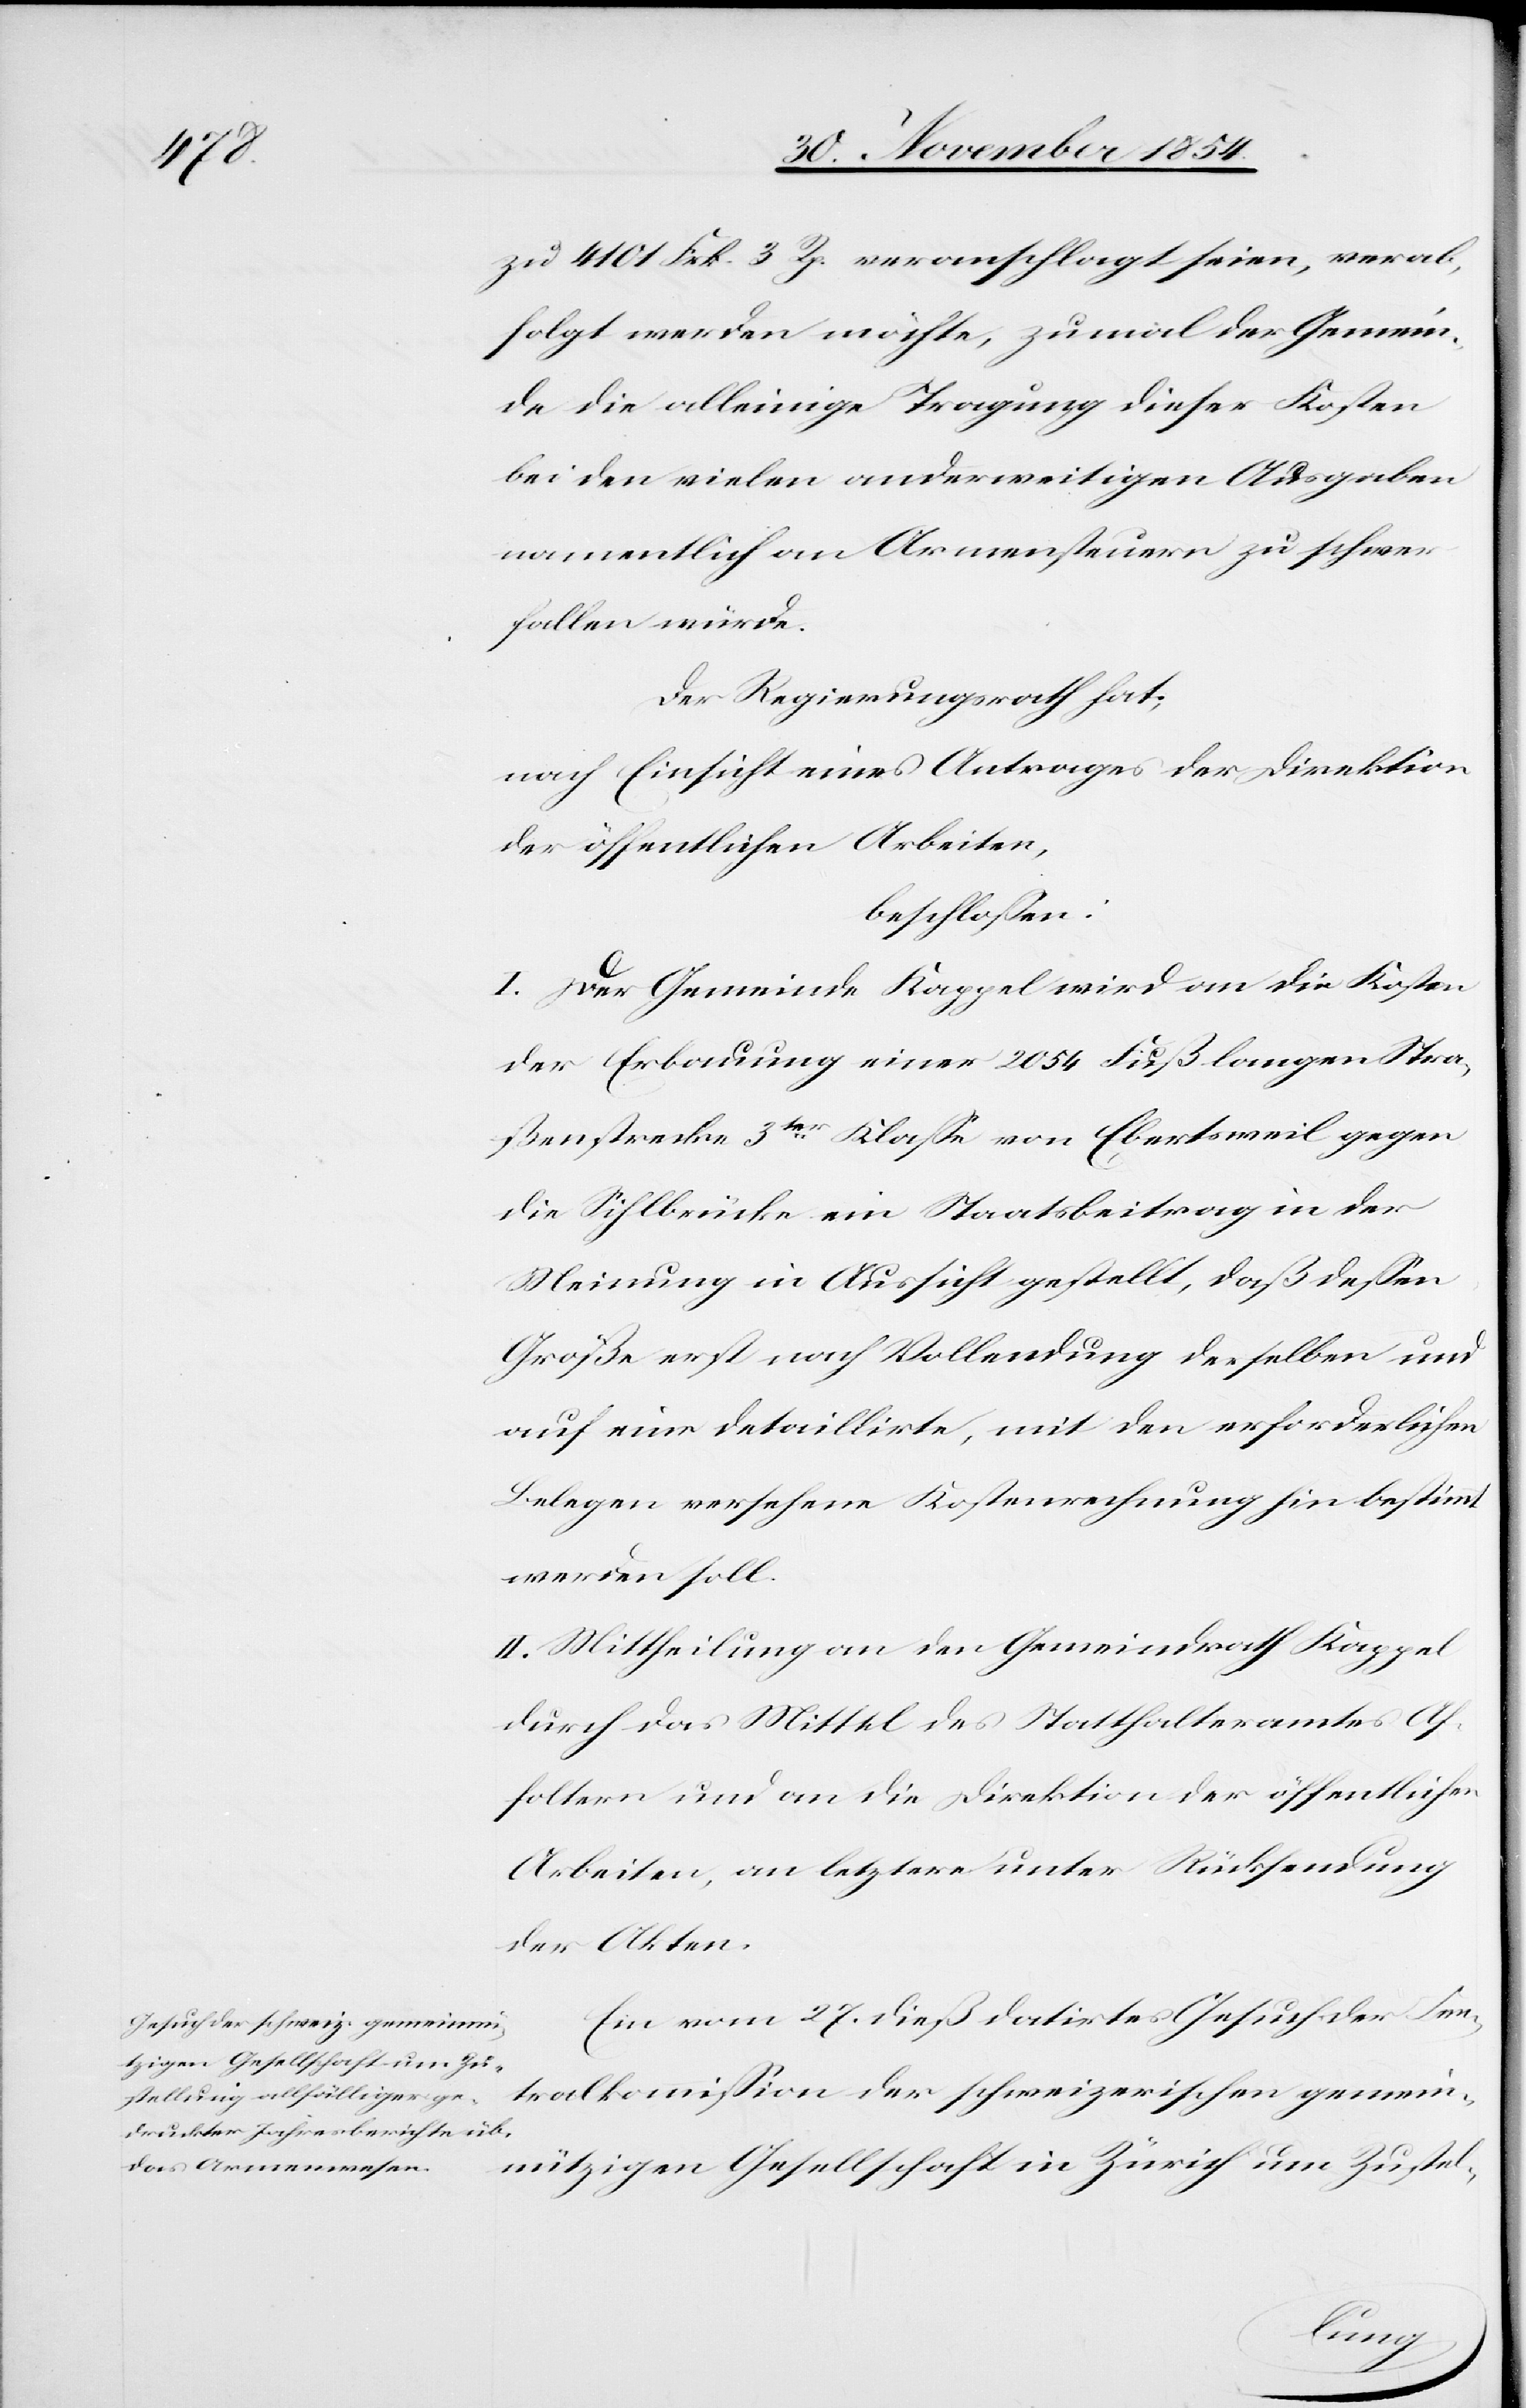
zu 4101 Frk. 3 Rp. veranschlagt seien, verab¬
folgt werden möchte, zumal der Gemein¬
de die alleinige Tragung dieser Kosten
bei den vielen anderweitigen Ausgaben
namentlich an Armensteuern zu schwer
fallen würde.
Der Regierungsrath hat,
nach Einsicht eines Antrages der Direktion
der öffentlichen Arbeiten,
beschloßen:
I. Der Gemeinde Kappel wird an die Kosten
der Erbauung einer 2054 Fuß langen Stra¬
ßenstrecke 3ter Klaße von Ebertsweil gegen
die Sihlbrücke ein Staatsbeitrag in der
Meinung in Aussicht gestellt, daß deßen
Größe erst nach Vollendung derselben und
auf eine detaillirte, mit den erforderlichen
Belegen versehene Kostenrechnung hin bestimmt
werden soll.
II. Mittheilung an den Gemeindrath Kappel
durch das Mittel des Statthalteramtes Af¬
foltern und an die Direktion der öffentlichen
Arbeiten, an letztere unter Rücksendung
der Akten.
Ein vom 27. dieß datirtes Gesuch der Cen¬
tralkommißion der schweizerischen gemein¬
nützigen Gesellschaft in Zürich um Zustel-